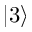
| 3 \rangle